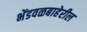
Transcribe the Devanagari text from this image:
भेंडवळबाहेरील